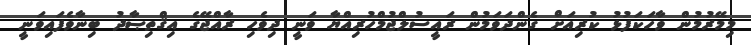
މިމޭރުމުން ވާހަކަފުޅު ކުރިއަށް ގެންދަވަމުން ރައީސުލްޖުމްހުރިއްޔާ ވަނީ ދިވެހި ރާއްޖޭގެ އިޤްތިޞާދު ބިނާވެފައިވަނީ